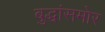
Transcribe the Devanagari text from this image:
बुद्धांसमोर